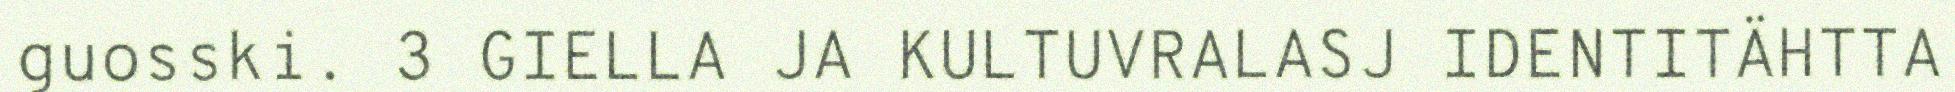
guosski. 3 GIELLA JA KULTUVRALASJ IDENTITÄHTTA